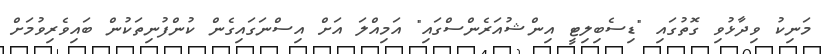
މަނިކު ވިދާޅުވި ގޮތުގައި "ޑިސެބިލިޓީ އިންޝުއަރެންސްގައި" އަމިއްލަ އަށް އިސްނަގައިގެން ކުންފުނިތަކުން ބައިވެރިވުމަށް